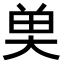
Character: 𮫭